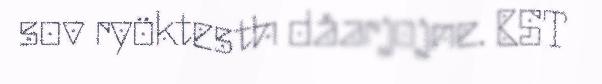
sov ryöktesth dåarjojne. BST